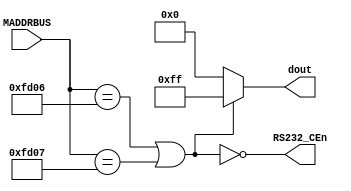

module RS232(
  //input _2500kHz,
  input [15:0] MADDRBUS,
  output RS232_CEn,
  output [7:0] dout
);

wire RS232_CE = MADDRBUS == 16'hfd06 || MADDRBUS == 16'hfd07;
assign RS232_CEn = ~RS232_CE;
assign dout = RS232_CE ? 8'hff : 8'h00;


// intel 8251A

endmodule